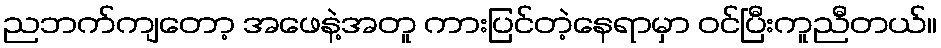
ညဘက်ကျတော့ အဖေနဲ့အတူ ကားပြင်တဲ့နေရာမှာ ဝင်ပြီးကူညီတယ်။